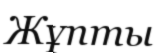
Жұпты